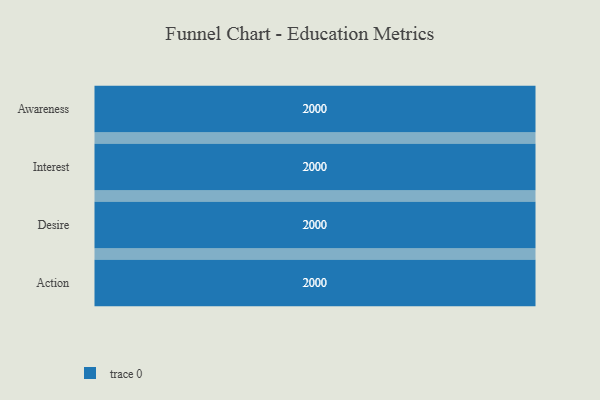
{"axis": {"x": "Stage", "y": "Value"}, "legend": [""], "data": [{"x": "Awareness", "y": 2000, "type": ""}, {"x": "Interest", "y": 2000, "type": ""}, {"x": "Desire", "y": 2000, "type": ""}, {"x": "Action", "y": 2000, "type": ""}]}